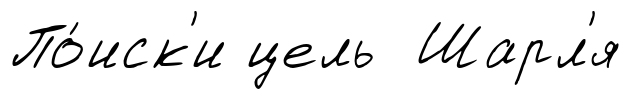
По́иск'и цель Шарл'я